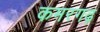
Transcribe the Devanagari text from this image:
कमरगढ़